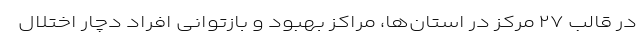
در قالب ۲۷ مرکز در استان‌ها، مراکز بهبود و بازتوانی افراد دچار اختلال